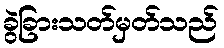
ခွဲခြားသတ်မှတ်သည်